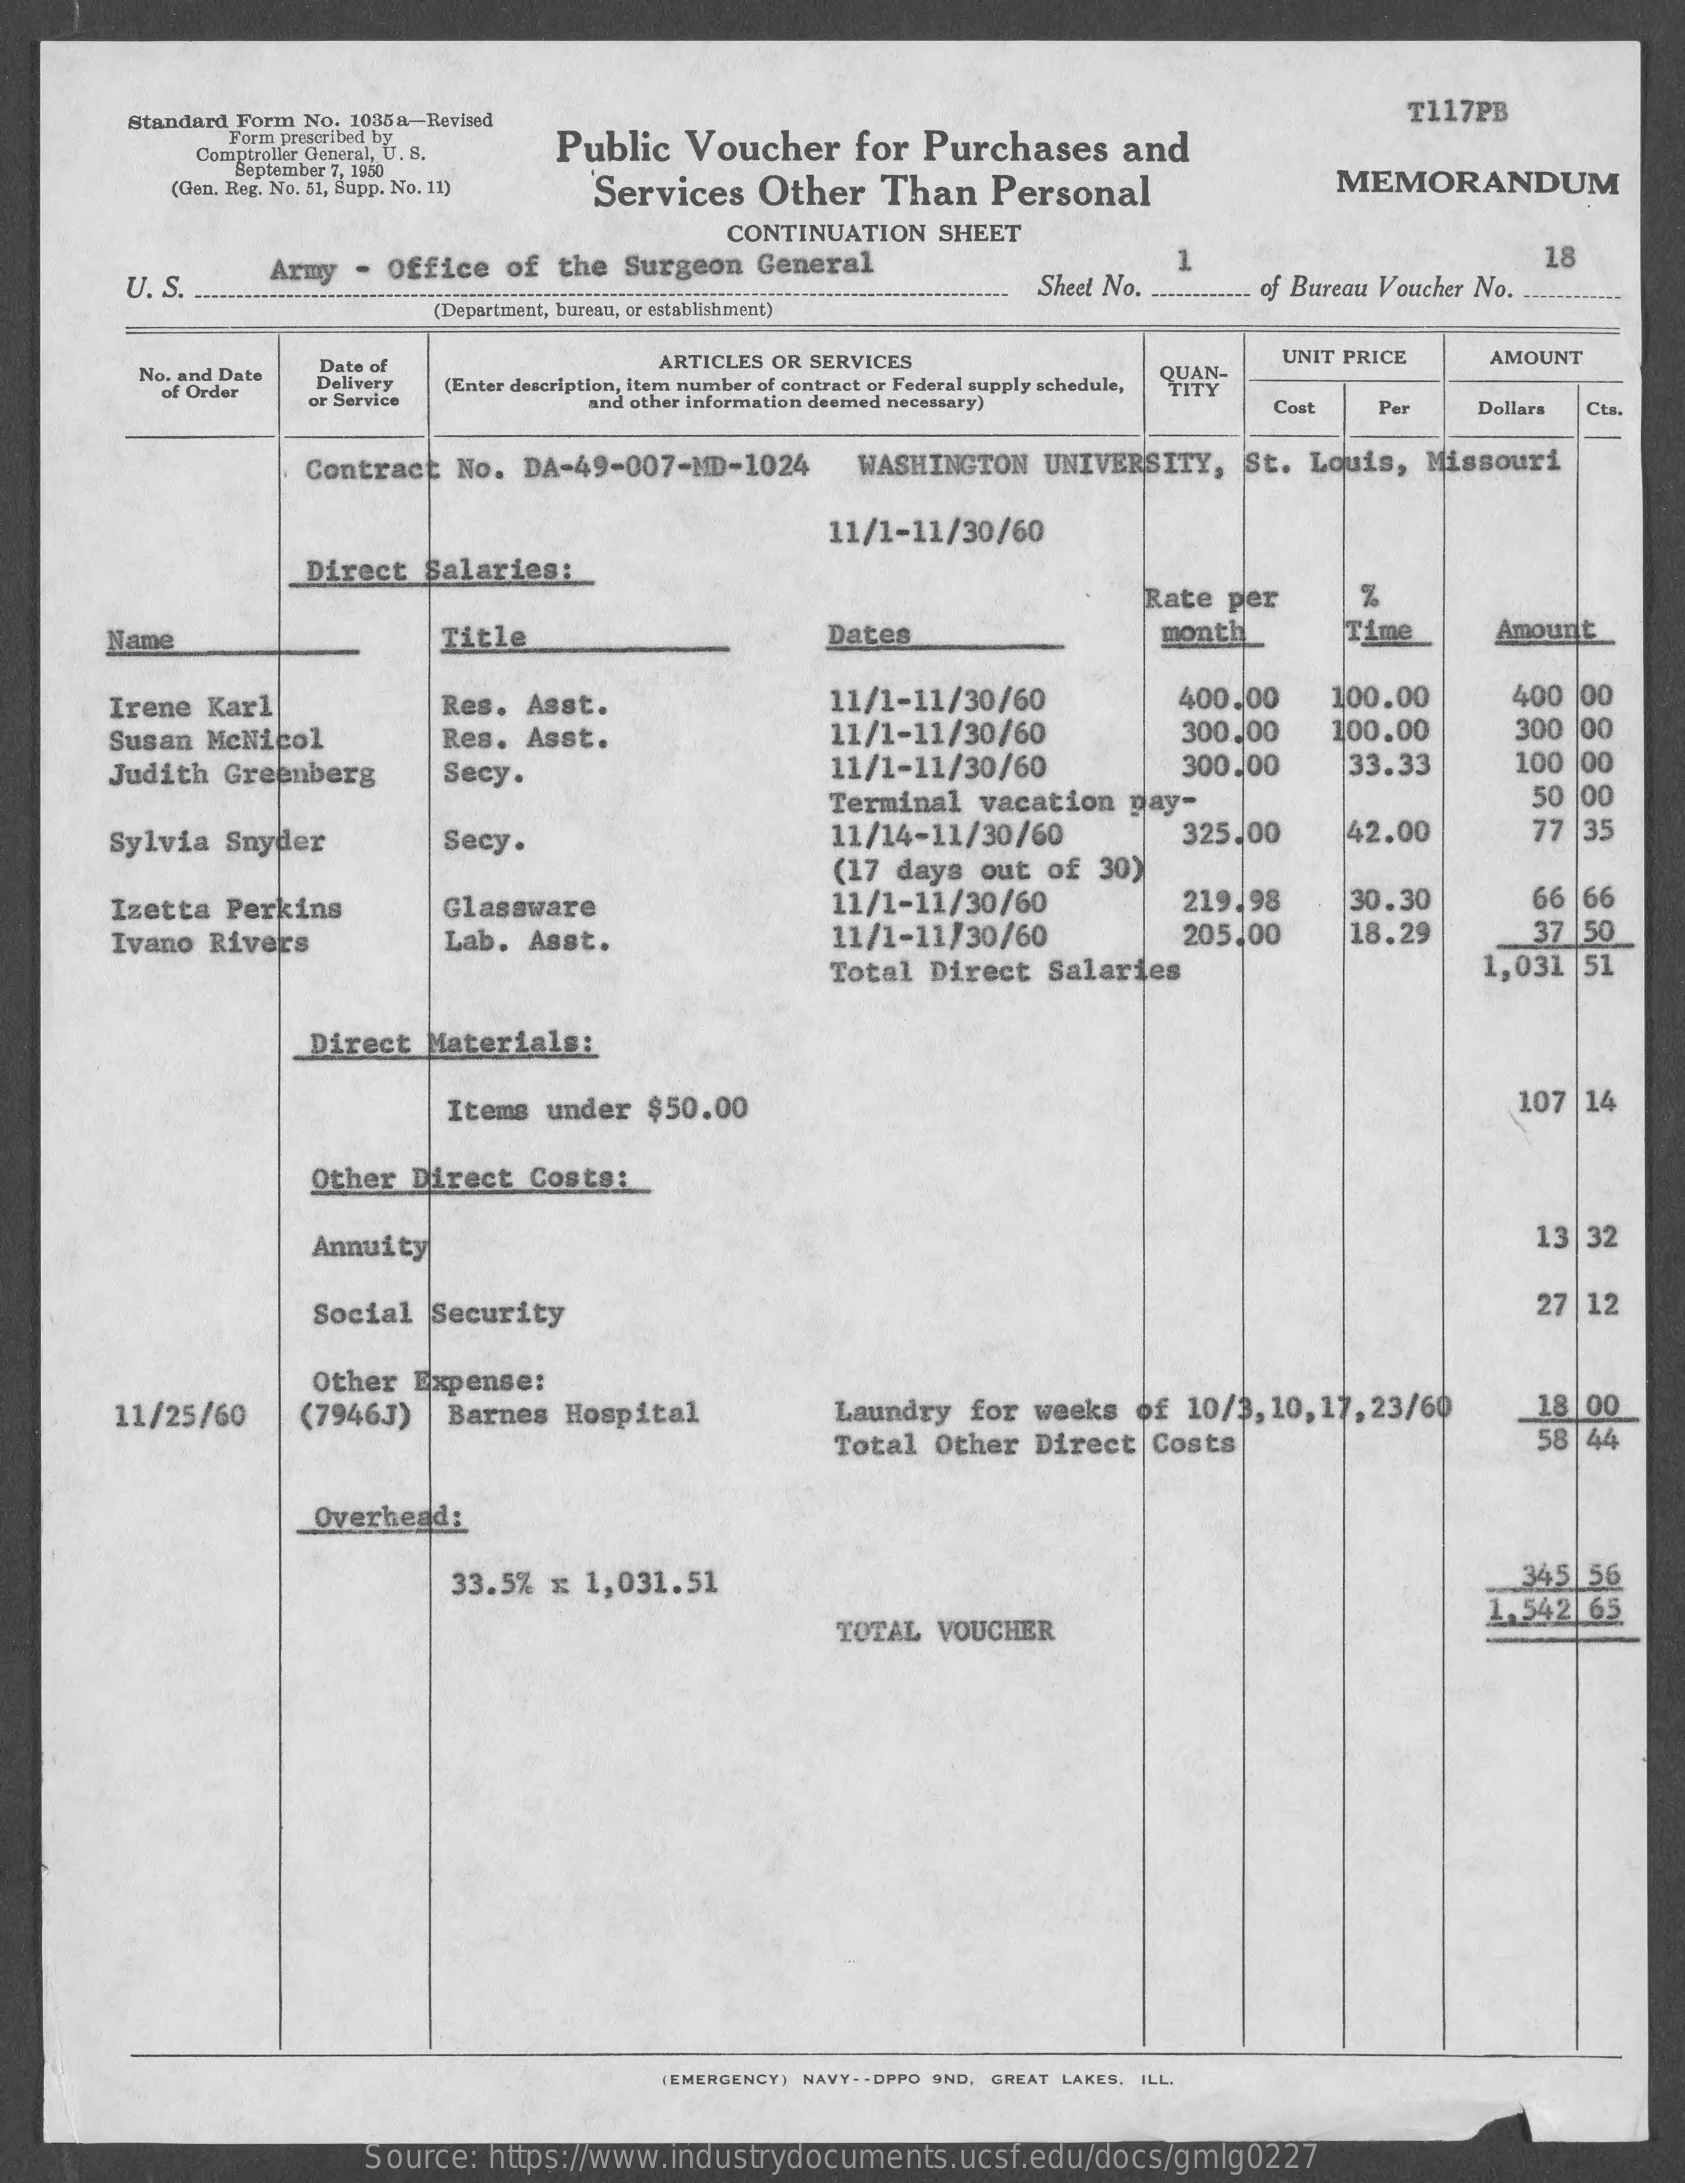
Standard Form No. 1035a-Revised
     Public Voucher  for Purchases and
     T117PB
     Form prescribed by
     Comptroller General, U. 8.
     September 7, 1950
     (Gen. Reg. No. 51, Supp. No. 11) Services Other Than Personal MEMORANDUM
     CONTINUATION SHEET
     18
     U. S.
     Army - Office of the Surgeon General
     Sheet No.  of Bureau Voucher No.
     (Department, bureau, or establishment)
     No. and Date Date of    ARTICLES OR SERVICES    UNIT PRICE
     QUAN-
     AMOUNT
     of Order
     Delivery
     or Service
     (Enter description, item number of contract or Federal supply schedule,
     and other information deemed necessary) Cost Per Dollars Cts.
     Contract No. DA-49-007-MD-1024 WASHINGTON UNIVERSITY, St. Louis, Missouri
     11/1-11/30/60
     Direct Salaries:
     Rate per
     Name    Title    Dates    month    Time    Amount
     Irene Karl    Res. Asst.    11/1-11/30/60    400.00  100.00    400 00
     Susan McNicol    Res. Asst.    11/1-11/30/60    300.00  100.00    300 00
     Judith Greenberg  Secy.    11/1-11/30/60    300.00   33.33    100 00
     Terminal vacation gay-    50 00
     Sylvia Snyder    Secy.    11/14-11/30/60    325.00   42.00    77 |35
     (17 days out of 30)
     Izetta Perkins    Glassware    11/1-11/30/60    219.98   30.30    66 66
     Ivano Rivers    Lab. Asst.    11/1-11/30/60    205,00   18.29    37 |50
     Total Direct Salaries    1,031 51
     Direct Materials:
     Items under $50.00    107 14
     Other Direct Costs:
     Annuity    13 32
     Social Security    27 12
     11/25/60
     Other Expense:
     (7946J) Barnes Hospital    Laundry for weeks of 10/3,10, 17, 23/60 18 |00
     Total Other Direct Costs    58 44
     Overhead:
     33.5% x 1,031.51    345 56
     TOTAL VOUCHER
     1.542 65
     (EMERGENCY) NAVY . . DPPO 9ND, GREAT LAKES. ILL.
     Source: https://www.industrydocuments.ucsf.edu/docs/gmlg0227